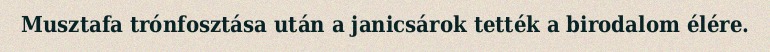
Musztafa trónfosztása után a janicsárok tették a birodalom élére.